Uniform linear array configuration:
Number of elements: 32
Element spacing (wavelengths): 0.5
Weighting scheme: blackman
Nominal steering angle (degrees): -30
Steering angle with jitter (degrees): -31.667
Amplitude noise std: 0.05
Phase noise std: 0.05

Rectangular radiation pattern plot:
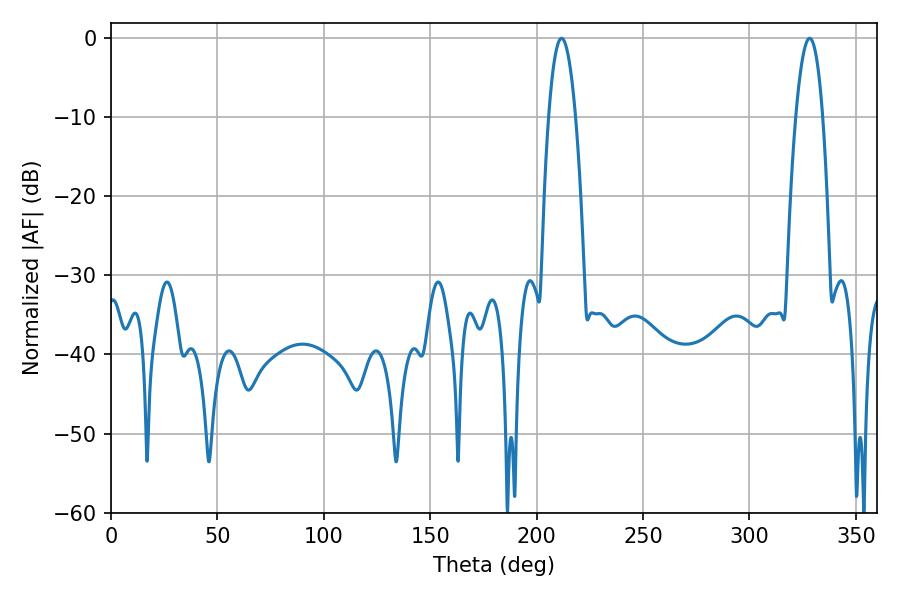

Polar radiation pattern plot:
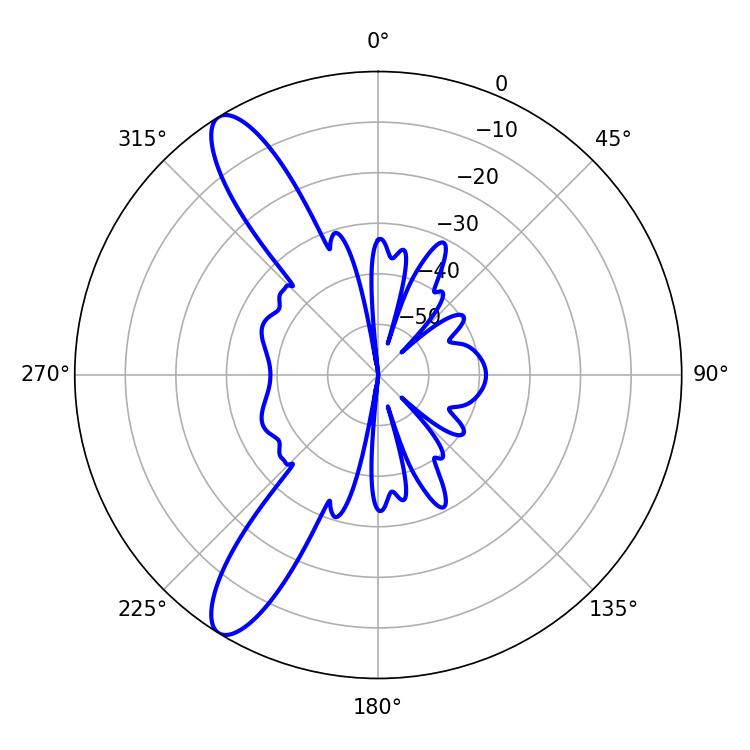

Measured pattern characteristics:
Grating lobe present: FALSE
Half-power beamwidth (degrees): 7.02
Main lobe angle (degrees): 211.68